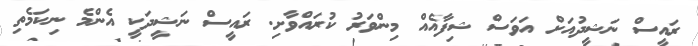
ރައީސް ނަޝީދުއަށް އަވަސް ޝިފާއެއް މިންވަރު ކުރައްވާށި. ރައީސް ނަޝީދަކީ އެންމެ ނިކަމެތި